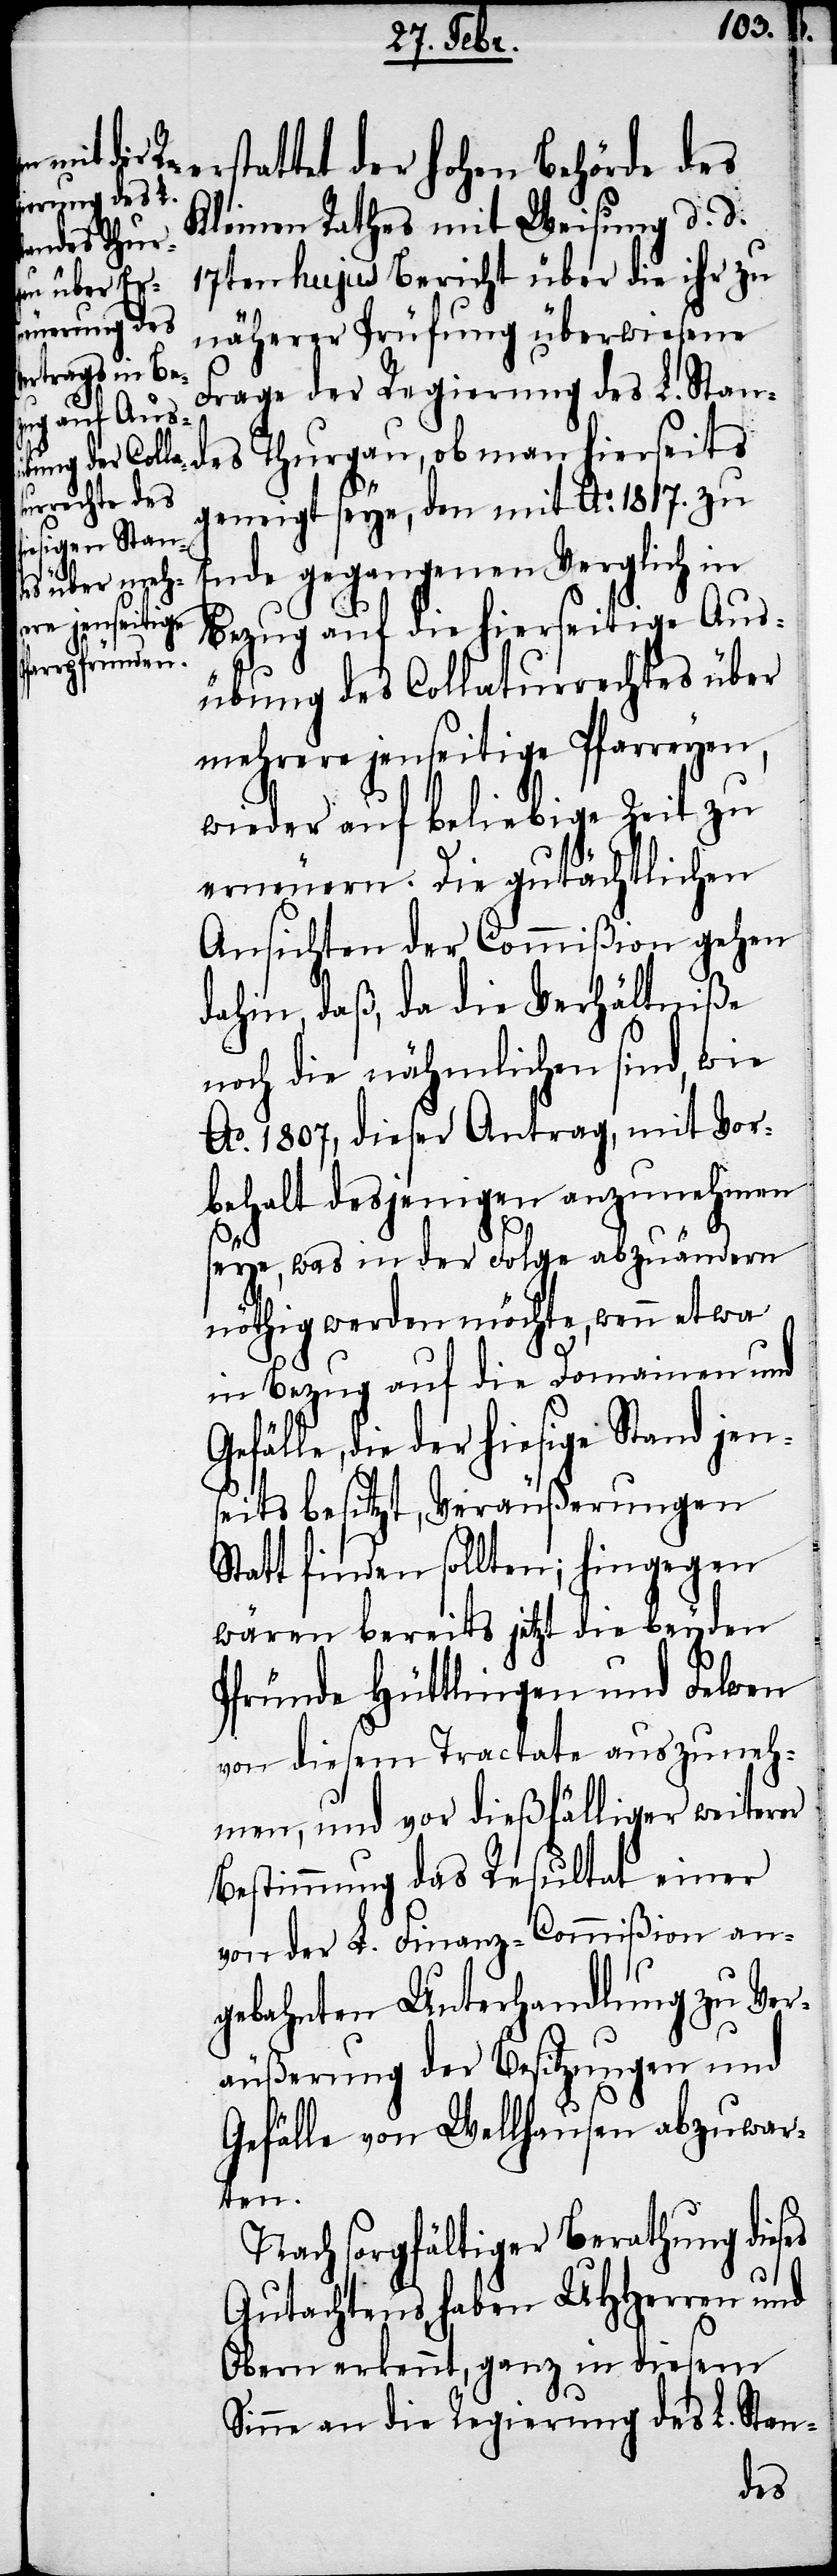
erstattet der hohen Behörde des
Kleinen Rathes mit Weisung d. d.
17ten hujus Bericht über die ihr zu
näherer Prüfung überwiesene
Frage der Regierung des L. Stan¬
des Thurgau, ob man hierseits
geneigt seye, den mit Ao. 1817. zu
Ende gegangenen Verglich in
Bezug auf die hierseitige Aus¬
übung des Collaturrechtes über
mehrere jenseitige Pfarreyen,
wieder auf beliebige Zeit zu
erneuern. Die gutächtlichen
Ansichten der Commißion gehen
dahin, daß, da die Verhältniße
noch die nähmlichen sind, wie
Ao. 1807., dieser Antrag, mit Vor¬
behalt desjenigen anzunehmen
seye, was in der Folge abzuändern
nöthig werden möchte, wenn etwa
in Bezug auf die Domainen und
Gefälle, die der hiesige Stand jen¬
seits besitzt, Veräußerungen
Statt finden sollten; hingegen
wären bereits jetzt die beyden
Pfründe Hüttlingen und Felwen
von diesem Tractate auszuneh¬
men, und vor dießfälliger weiterer
Bestimmung das Resultat einer
von der L. Finanz-Commißion an¬
gebahnten Unterhandlung zu Ver¬
äußerung der Besitzungen und
Gefälle von Wellhausen abzuwar¬
ten.
Nach sorgfältiger Berathung dieses
Gutachtens haben UHHerren und
Obern erkennt, ganz in diesem
Sinne an die Regierung des L. Stan-
des